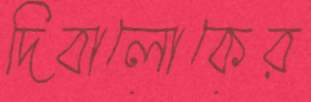
দিবালোকের